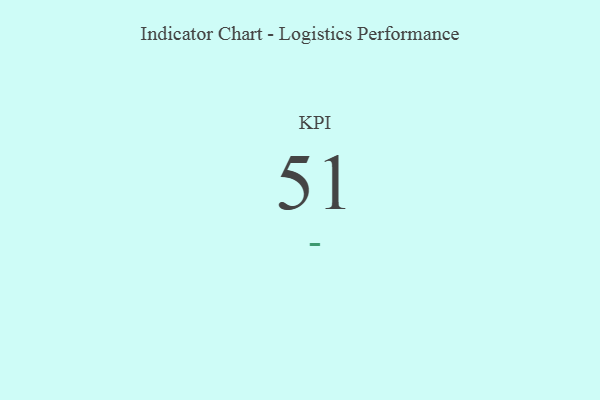
{"axis": {"x": "KPI", "y": "Value"}, "legend": [""], "data": [{"x": "KPI", "y": 51, "type": ""}]}